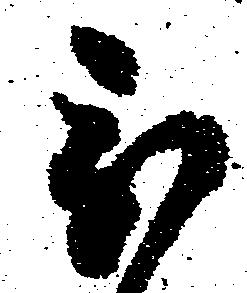
被